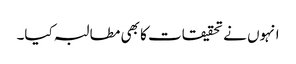
انہوں نے تحقیقات کا بھی مطالبہ کیا۔